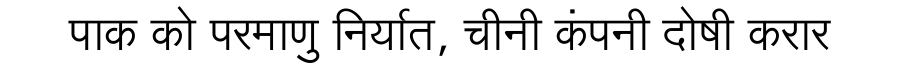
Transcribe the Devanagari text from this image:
पाक को परमाणु निर्यात, चीनी कंपनी दोषी करार